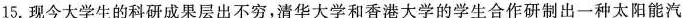
15.现今大学生的科研成果层出不穷，清华大学和香港大学的学生合作研制出一种太阳能汽